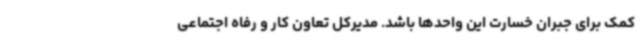
کمک برای جبران خسارت این واحدها باشد. مدیرکل تعاون کار و رفاه اجتماعی